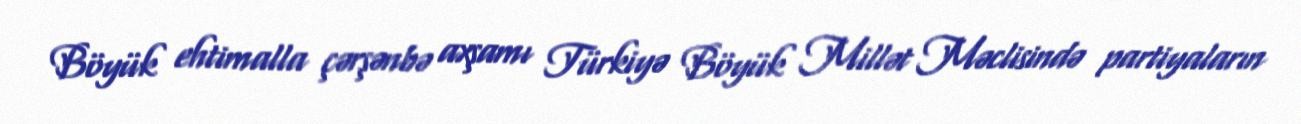
Böyük ehtimalla çərşənbə axşamı Türkiyə Böyük Millət Məclisində partiyaların